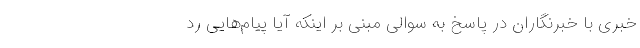
خبری با خبرنگاران در پاسخ به سوالی مبنی بر اینکه آیا پیام‌هایی رد